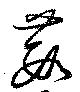
葭